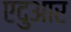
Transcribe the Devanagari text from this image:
एदुआर